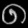
Digit: ၈